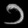
Digit: ၁